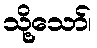
သို့သော်၊